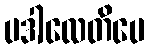
ပဒါလေတိပေ